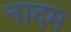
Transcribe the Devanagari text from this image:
नादम